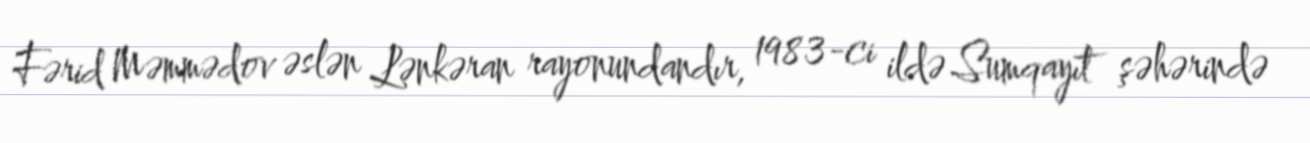
Fərid Məmmədov əslən Lənkəran rayonundandır, 1983-ci ildə Sumqayıt şəhərində